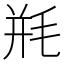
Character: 𰚗